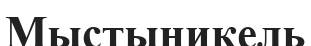
Мыстыникель